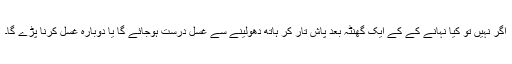
اگر نہیں تو کیا نہانے کے کے ایک گھنٹہ بعد پاش تار کر ہاتھ دھولینے سے غسل درست ہوجائے گا یا دوبارہ غسل کرنا پڑے گا۔